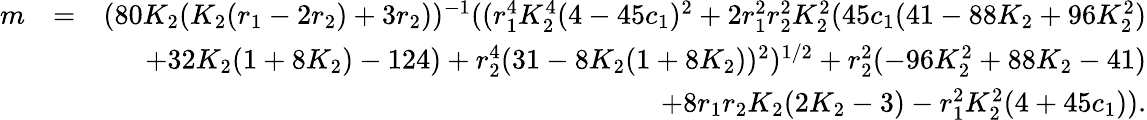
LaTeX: \begin{array}{rlr}{m}&{=}&{(80K_{2}(K_{2}(r_{1}-2r_{2})+3r_{2}))^{-1}((r_{1}^{4}K_{2}^{4}(4-45c_{1})^{2}+2r_{1}^{2}r_{2}^{2}K_{2}^{2}(45c_{1}(41-88K_{2}+96K_{2}^{2})}\\ &{}&{+32K_{2}(1+8K_{2})-124)+r_{2}^{4}(31-8K_{2}(1+8K_{2}))^{2})^{1/2}+r_{2}^{2}(-96K_{2}^{2}+88K_{2}-41)}\\ &{}&{+8r_{1}r_{2}K_{2}(2K_{2}-3)-r_{1}^{2}K_{2}^{2}(4+45c_{1})).}\end{array}